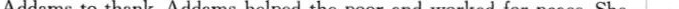
Addams to thank. Addams helped the poor and worked for peace. She 2.What was the reason for